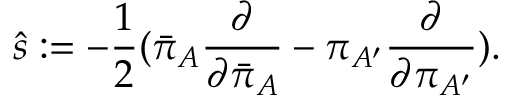
{ \hat { s } } : = - { \frac { 1 } { 2 } } ( { \bar { \pi } } _ { A } { \frac { \partial } { \partial { \bar { \pi } } _ { A } } } - \pi _ { A ^ { \prime } } { \frac { \partial } { \partial \pi _ { A ^ { \prime } } } } ) .